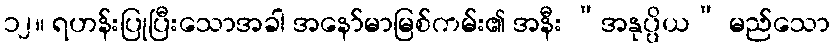
၁၂။ ရဟန်းပြုပြီးသောအခါ အနော်မာမြစ်ကမ်း၏ အနီး “အနုပ္ပိယ” မည်သော